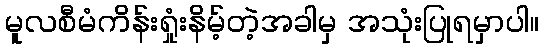
မူလစီမံကိန်းရှုံးနိမ့်တဲ့အခါမှ အသုံးပြုရမှာပါ။